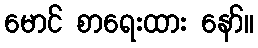
မောင် စာရေးထား နော်။